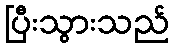
ပြီးသွားသည်